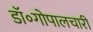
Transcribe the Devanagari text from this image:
डॉ॰गोपालचारी